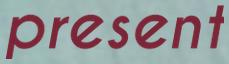
present